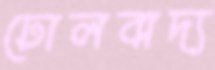
ঢোলবাদ্য